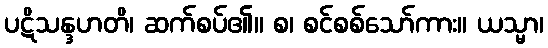
ပဋိသန္ဒဟတိ၊ ဆက်စပ်၏။ စ၊ စင်စစ်သော်ကား။ ယသ္မာ၊